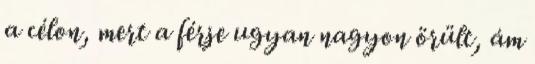
a célon, mert a férje ugyan nagyon örült, ám